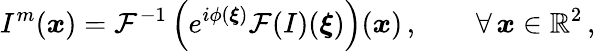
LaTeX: I^{m}(\boldsymbol{x})=\mathcal{F}^{-1}\left(e^{i\phi(\boldsymbol{\xi})}\mathcal{F}(I)(\boldsymbol{\xi})\right)(\boldsymbol{x})\, ,\qquad\forall\, \boldsymbol{x}\in\mathbb{R}^{2}\, ,